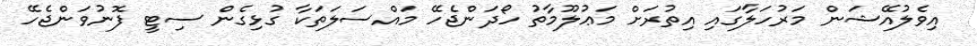
އިވެލުއޭޝަން މަރުހަލާގައި އިތުރަށް މަޢުލޫމާތު ހޯދަންޖެހޭ މައްސަލަތަކާ ގުޅިގެން ސިޓީ ފޮނުވަންޖެހޭ